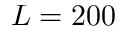
L = 2 0 0